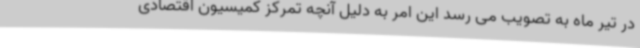
در تیر ماه به تصویب می رسد این امر به دلیل آنچه تمرکز کمیسیون اقتصادی